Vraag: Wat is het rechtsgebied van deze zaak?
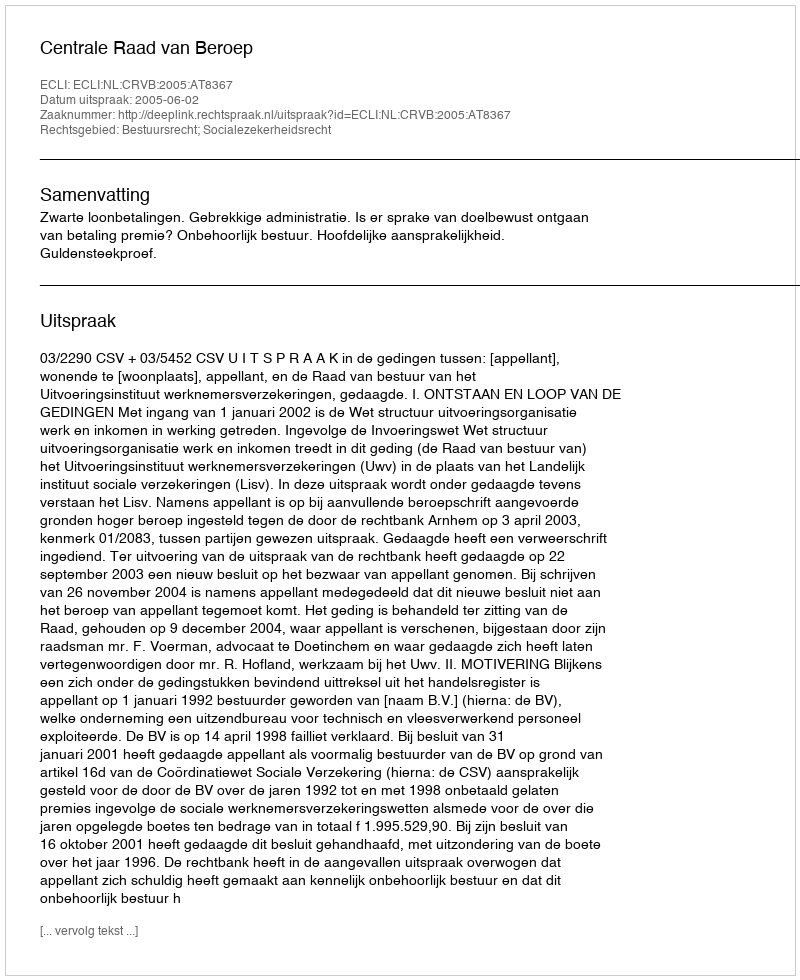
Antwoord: Bestuursrecht; Socialezekerheidsrecht